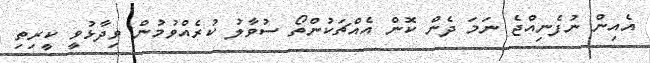
އެއިން ނުފެނިއްޖެ ނަމަ ދެން ކޮން އެއްޗަކުންތޯ ސުވާލު ކުރެއްވުމުން ވިދާޅުވީ ކީރިތި